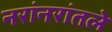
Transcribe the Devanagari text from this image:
नरांनरांतले